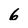
Character: 6